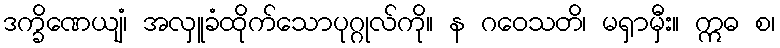
ဒက္ခိဏေယျံ၊ အလှူခံထိုက်သောပုဂ္ဂုလ်ကို။ န ဂဝေသတိ၊ မရှာမှီး။ ဣဓ စ၊